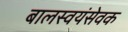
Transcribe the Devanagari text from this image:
बालस्वयंसेवक